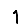
Digit: 1